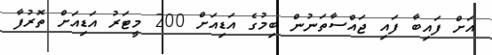
އަށް ފައިބާ ފައި ޖައްސާތަނުން ބިމުގެ އަޑިއަށް 200 މީޓަރު އަޑިއަށް ތޮރުފާ